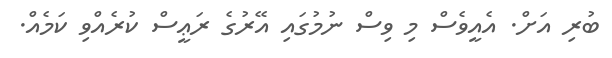
ބުރި އަށް. އެއީވެސް މި ވިސް ނުމުގައި އޭރުގެ ރަޢީސް ކުރެއްވި ކަމެއް.